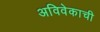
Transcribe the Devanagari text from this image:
अविवेकाची